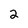
Character: 2